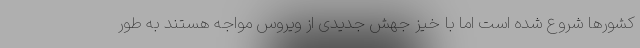
کشورها شروع شده است اما با خیز جهش جدیدی از ویروس مواجه هستند به طور